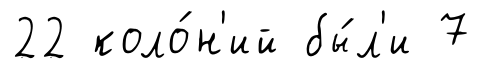
22 коло́н'ий бы́л'и 7